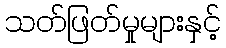
သတ်ဖြတ်မှုများနှင့်